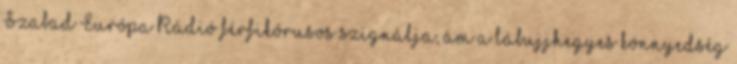
Szabad Európa Rádió férfikórusos szignálja, ám a lábujjhegyes könnyedség